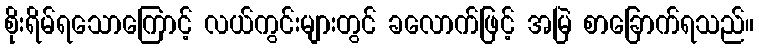
စိုးရိမ်ရသောကြောင့် လယ်ကွင်းများတွင် ခလောက်ဖြင့် အမြဲ စာခြောက်ရသည်။